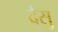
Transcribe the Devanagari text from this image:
देसु